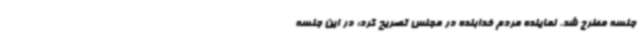
جلسه مطرح شد. نماینده مردم خدابنده در مجلس تصریح کرد: در این جلسه